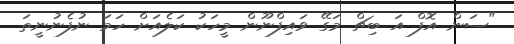
"ސަން އޮފް އަ ބިޗް މަގޭ ވައިފްނޫން މީހަކު ކަލެއަށް ހަމަ ނުފެނުނީތަ